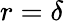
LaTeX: r=\delta